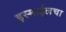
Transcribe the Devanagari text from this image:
इस्माईलचा